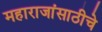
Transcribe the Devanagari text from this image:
महाराजांसाठीचे